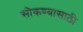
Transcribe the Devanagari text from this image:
सोकण्यासाठी